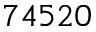
7 4 5 2 0